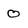
Character: 0